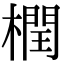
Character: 橍